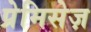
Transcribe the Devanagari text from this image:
प्रेमिसेज़